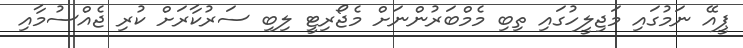
ޕީއޭ ނަމުގައި މަޖިލީހުގައި ތިބި މެމްބަރުންނަށް މެޖޯރިޓީ ލިބި ސަރުކާރަށް ކުރި ޖެއްސުމާއި